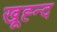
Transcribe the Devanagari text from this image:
खूह्न्द